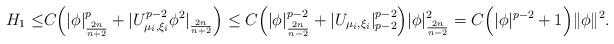
LaTeX: \begin{align*} H_1 \leq & C\Big( |\phi|^p_{\frac{2n}{n+2}}+|U_{ \mu_i,\xi_i}^{p-2}\phi^2|_{\frac{2n}{n+2}} \Big) \leq C \Big( |\phi|^{p-2}_{\frac{2n}{n-2}}+|U_{ \mu_i,\xi_i}|_{p-2}^{p-2} \Big)|\phi|^2_{\frac{2n}{n-2}} = C \Big( |\phi|^{p-2}+1\Big)\|\phi\|^2.\end{align*}